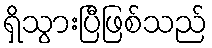
ရှိသွားပြီဖြစ်သည်